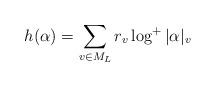
LaTeX: \begin{align*}h(\alpha) = \sum_{v\in M_L}r_v\log^+|\alpha|_v\end{align*}